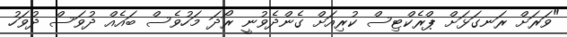
"ވަރަށް ރަނގަޅަށް ޕްރެކްޓިސް ކުރިއަށް ގެންދެވުނީ ރޯދަ މަހުވެސް ބައެއް ދުވަސް ދުވަހު